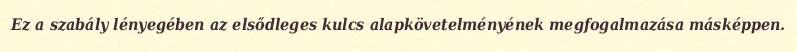
Ez a szabály lényegében az elsődleges kulcs alapkövetelményének megfogalmazása másképpen.